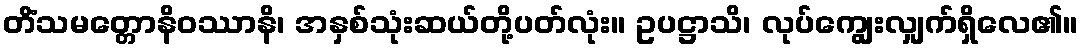
တိံသမတ္တောနိဝဿာနိ၊ အနှစ်သုံးဆယ်တို့ပတ်လုံး။ ဥပဋ္ဌာသိ၊ လုပ်ကျွေးလျှက်ရှိလေ၏။